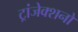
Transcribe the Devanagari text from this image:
ट्रांजेक्शनों